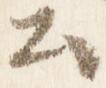
公